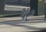
ચટ